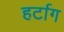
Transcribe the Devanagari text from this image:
हर्टाग